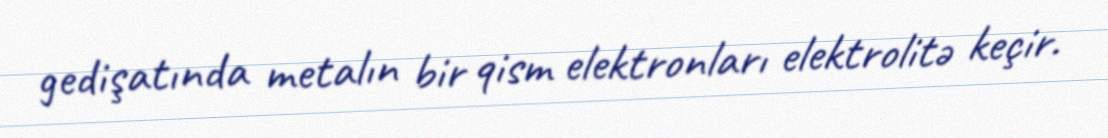
gedişatında metalın bir qism elektronları elektrolitə keçir.